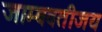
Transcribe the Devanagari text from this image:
जाम्बवतीजय